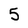
Character: 5